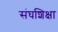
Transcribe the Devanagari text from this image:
संघशिक्षा